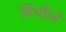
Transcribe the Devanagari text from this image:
बिचौले